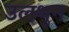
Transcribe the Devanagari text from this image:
उलथुन